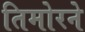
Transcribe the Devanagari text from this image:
तिमोरने